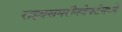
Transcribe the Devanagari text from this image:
राइक्समरीनवेर्फ्टमध्ये